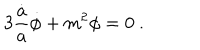
3 { \frac { \dot { a } } { a } } \dot { \phi } + m ^ { 2 } \phi = 0 \ .